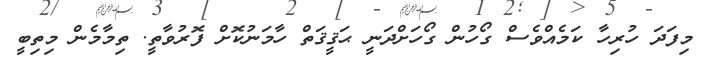
މިފަދަ ހުރިހާ ކަމެއްވެސް ގޯހުން ގޯހަށްދަނީ ޙަޤީޤަތް ހާމަނުކޮށް ފޮރުވާތީ. ތިމާމެން މިތިބީ